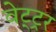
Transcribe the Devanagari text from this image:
वेट्ट्रर